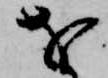
を